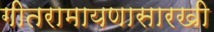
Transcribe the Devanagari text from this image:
गीतरामायणासारखी